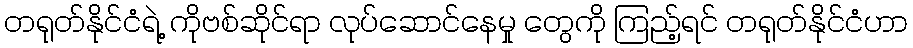
တရုတ်နိုင်ငံရဲ့ ကိုဗစ်ဆိုင်ရာ လုပ်ဆောင်နေမှု တွေကို ကြည့်ရင် တရုတ်နိုင်ငံဟာ